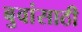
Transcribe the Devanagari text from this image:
बुवांसाठी